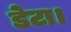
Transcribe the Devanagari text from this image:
डेटा।